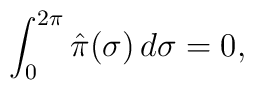
\int_0^{ 2 \pi } \hat{\pi} ( \sigma ) \, d \sigma = 0,